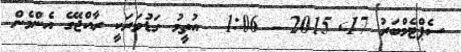
ސެޕްޓެމްބަރު 17